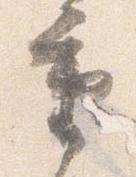
重